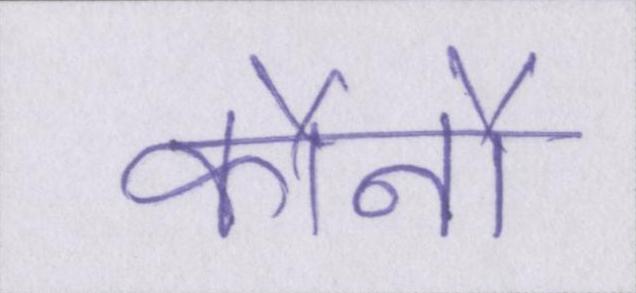
कौनौ